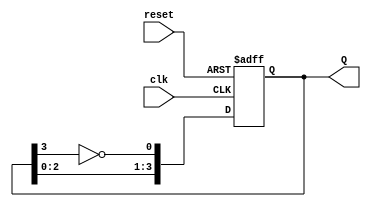
module johnson_counter (
    input wire clk,       // Clock signal
    input wire reset,     // Asynchronous reset signal
    output reg [3:0] Q    // 4-bit output representing the current state
);

// Sequential logic for the Johnson counter
always @(posedge clk or posedge reset) begin
    if (reset) begin
        Q <= 4'b0000; // Reset the counter to 0000
    end else begin
        Q <= {Q[2:0], ~Q[3]}; // Shift left and feed back the inverted last bit
    end
end

endmodule